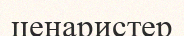
ценаристер